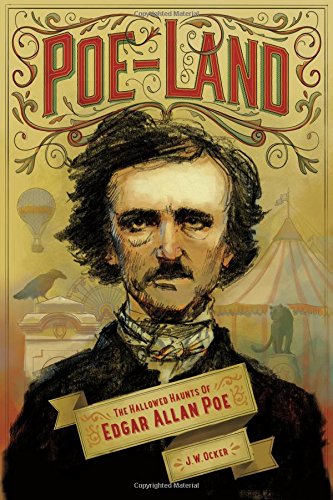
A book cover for Poe-Land: The Hallowed Haunts of Edgar Allan Poe; J. W. Ocker; Travel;